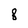
Character: 8